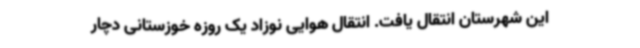
این شهرستان انتقال یافت. انتقال هوایی نوزاد یک روزه خوزستانی دچار